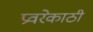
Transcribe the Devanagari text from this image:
प्रवरेकाठी